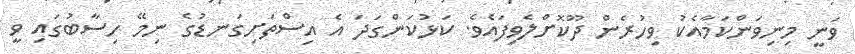
ވަނީ މިނިވަންކަމާއެކު ވިހުރެން ދޫކޮށްލެވިފައެވެ. ކަޅުކަންގަދަ އެ އިސްތަށިގަނޑުގެ ނިމޭ ހިސާބުގައި ވީ